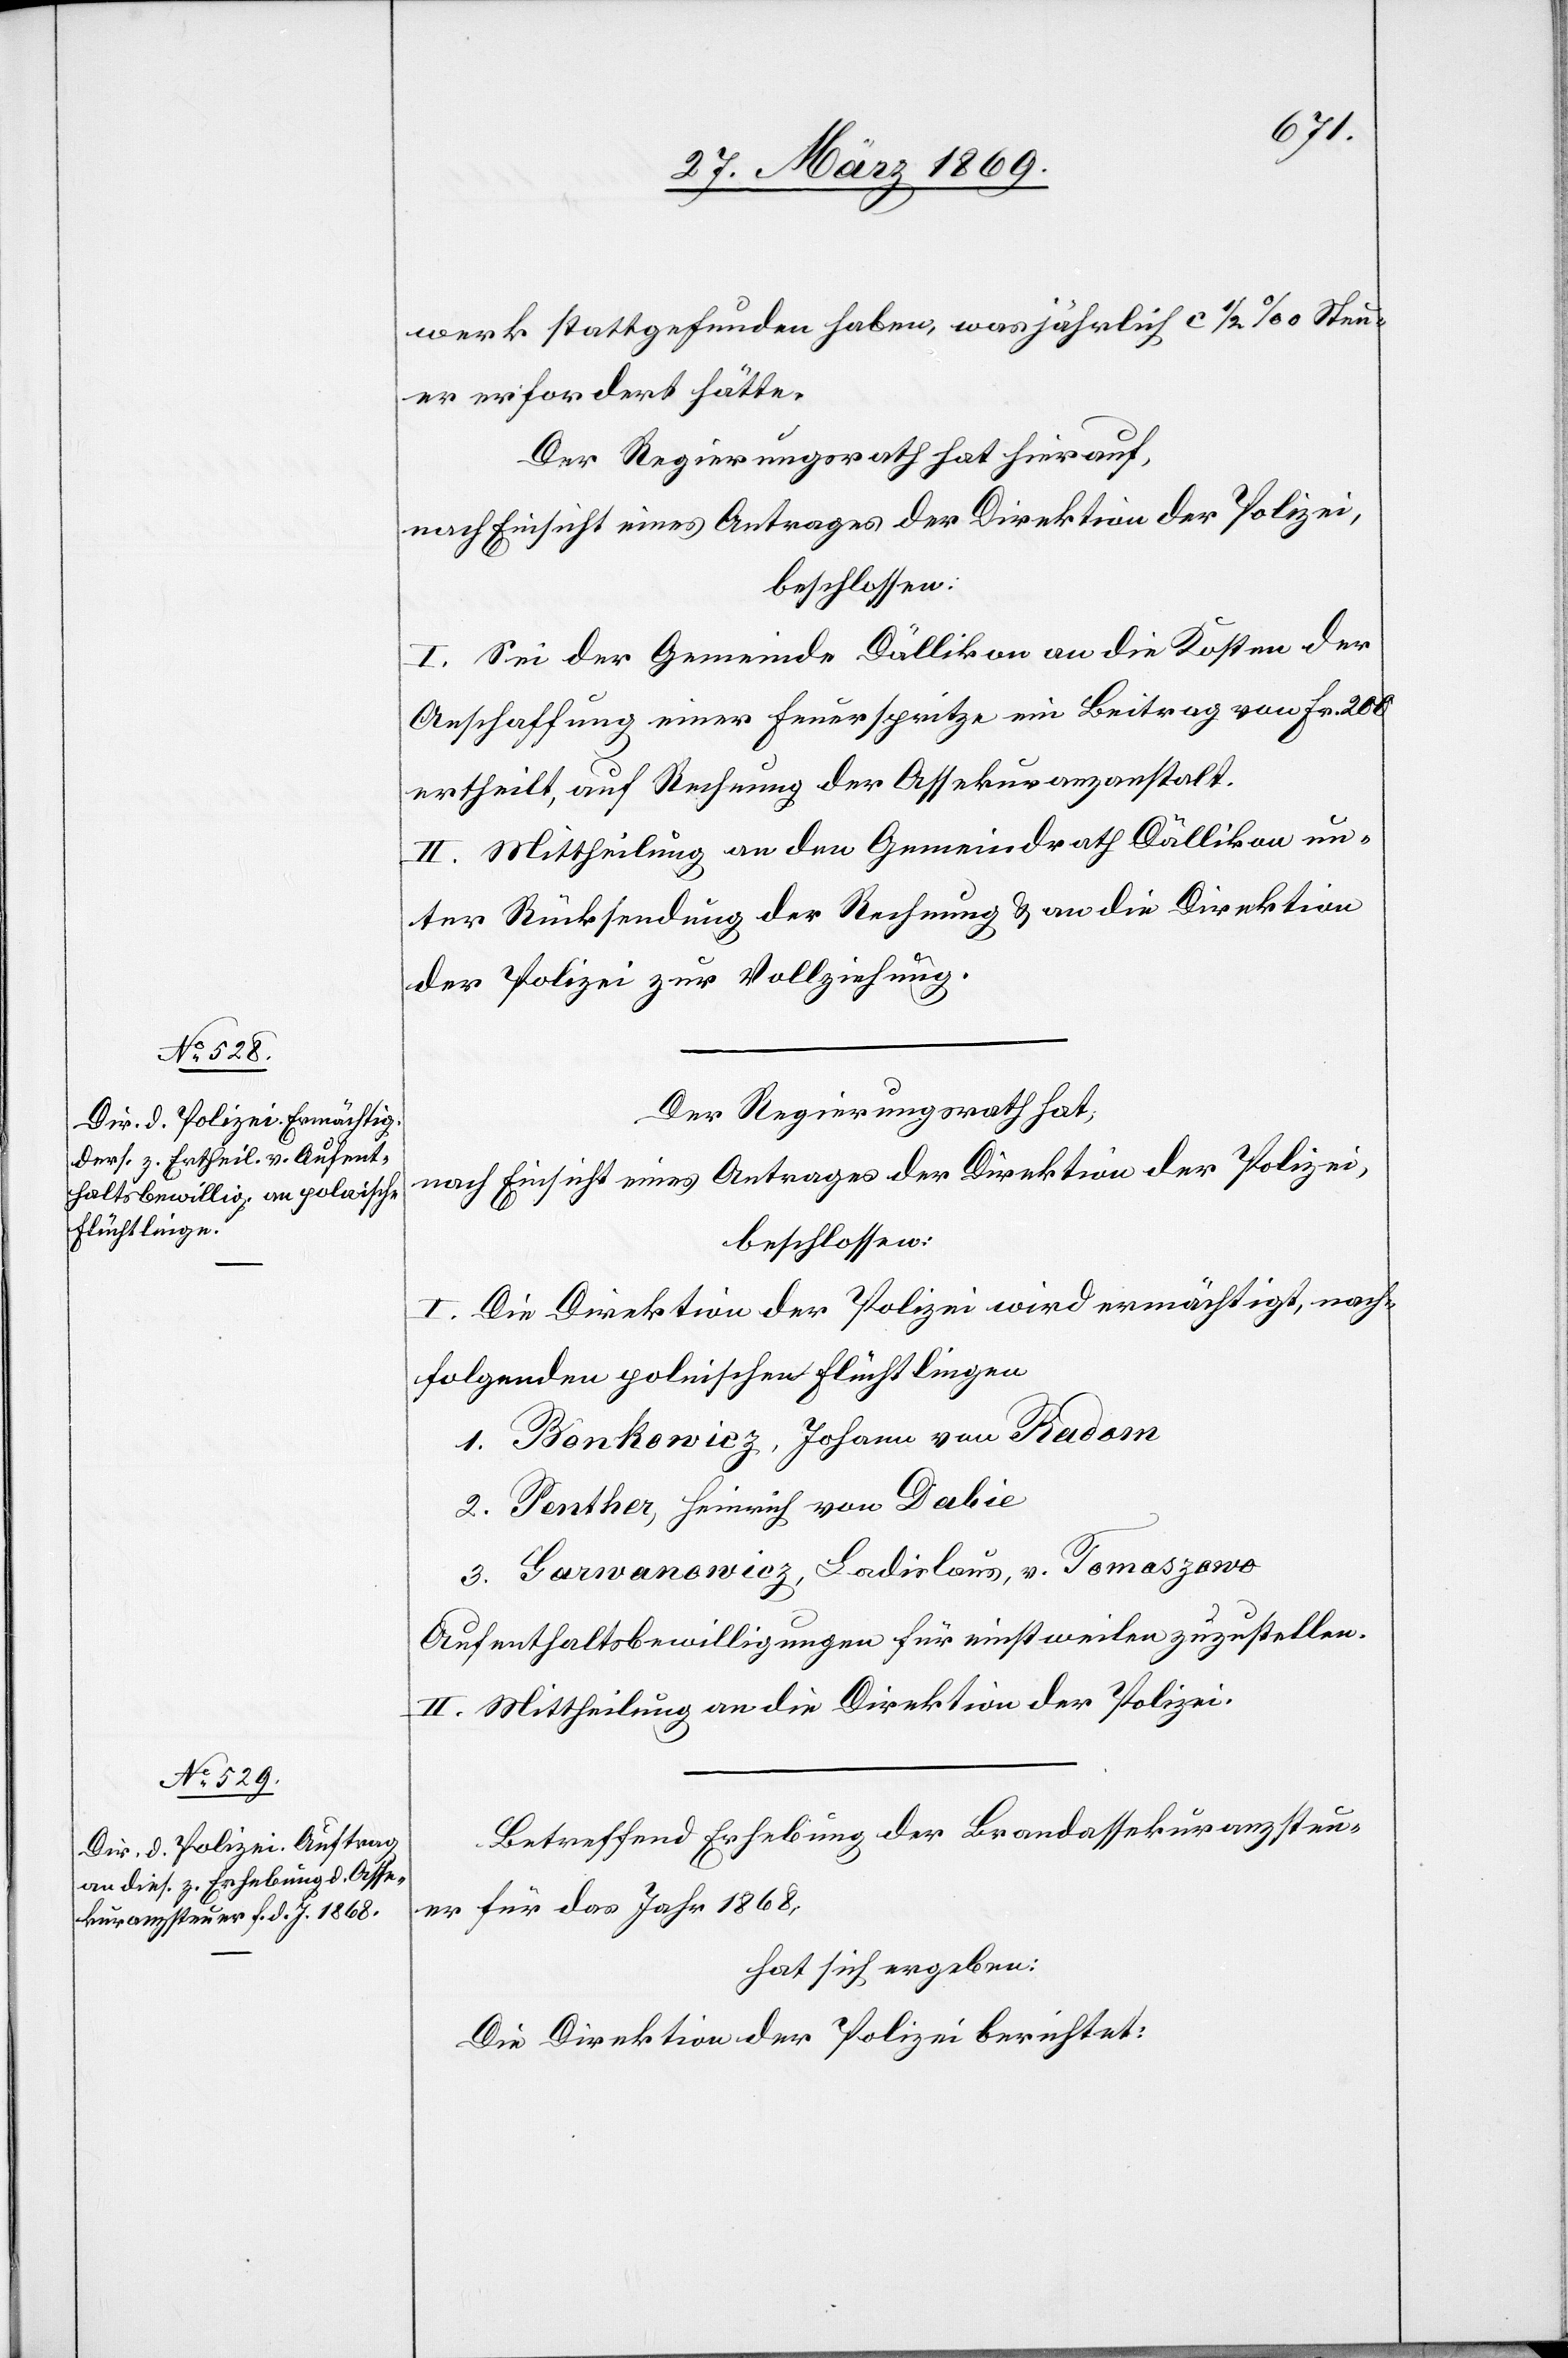
werk stattgefunden haben, was jährlich ca 1/2 ‰ Steu¬
er erfordert hätte.
Der Regierungsrath hat hierauf,
nach Einsicht eines Antrages der Direktion der Polizei,
beschlossen:
I. Sei der Gemeinde Dällikon an die Kosten der
Anschaffung einer Feuerspritze ein Beitrag von Fr. 200
ertheilt, auf Rechnung der Assekuranzanstalt.
II. Mittheilung an den Gemeindrath Dällikon un¬
ter Rücksendung der Rechnung u. an die Direktion
der Polizei zur Vollziehung.
Der Regierungsrath hat,
nach Einsicht eines Antrages der der Direktion der Polizei,
beschlossen:
I. Die Direktion der Polizei wird ermächtigt, nach¬
folgenden polnischen Flüchtlingen
1. Bonkowiez, Johann von Radom
2. Penther, Heinrich von Dabie
3. Garwanowicz, Ladislaus, v. Tomaszano
Aufenthaltsbewilligung für einstweilen zuzustellen.
II. Mittheilung an die Direktion der Polizei.
Betreffend Erhebung der Brandassekuranzsteu¬
er für das Jahr 1868,
hat sich ergeben:
Die Direktion der Polizei berichtet: